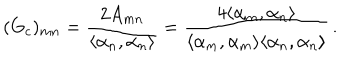
LaTeX: ( G _ { c } ) _ { m n } = { \frac { 2 A _ { m n } } { \langle \alpha _ { n } , \alpha _ { n } \rangle } } = \frac { 4 \langle \alpha _ { m } , \alpha _ { n } \rangle } { \langle \alpha _ { m } , \alpha _ { m } \rangle \langle \alpha _ { n } , \alpha _ { n } \rangle } \, .